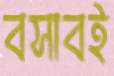
বসাবই